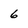
Character: 6